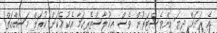
އެ ރަށަށް ދިޔަ އިންވެސްޓަރުން ވެސް އިޚުލާސްތެރިކަމާ އެކު އެކަން ކުރަން މަސައްކަތް